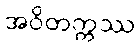
အဝိတက္ကဿ